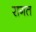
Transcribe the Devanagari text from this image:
रागत